King Institute of Preventive Medicine Micro-Biological Section reports 1909-11
Year: 1909
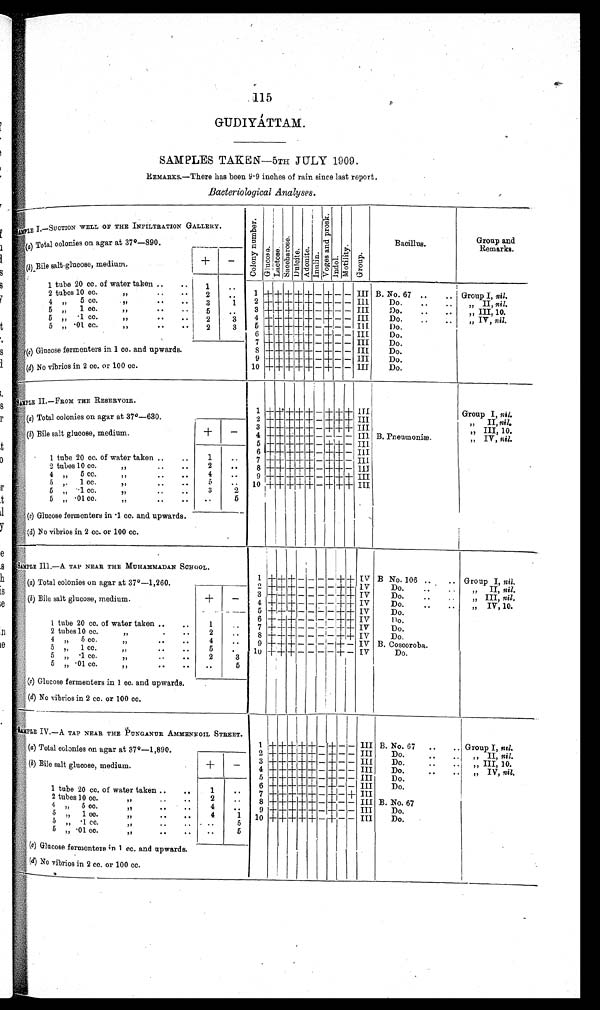
115
GUDIYÁTTAM.
SAMPLES TAKEN-5TH JULY 1909
REMARKS.—There has been 9.9 inches of rain since last report.
Bacteriological Analyses.
SAMPLEE
I—SUCTION WELL OF THE INFILTRATION GALLERY.
C o l o n y n u m b e r
G l u c o s e
La c t o s e
S a c c h e r o s
Dul c i t
Adoni t I nul i n
V o g e s a n d P r o s k
I n d o l
Mo b i l i t y
Group
Bacillus.
Group and
Remarks..
(a ) Total colonies on agar at 37º—890.
(b ) Bile salt-glucose, medium.
+
–
1 tube 20 cc. of water taken ..
..
1
. . .
2 tubes 10 cc.
,,
2
..
1 + + +++
+ + – + – – III B. No. 67 ..
Group , nil.
4 ,,
5 cc.
..
..
3
1
2 + + + + + – + – – III
Do.
..
::
„ II, nil.
5
1 cc.
I,
..
..
5
. .
3 ++
+ + + + — ++– – III
Do.
..
..
III10
5 „ • 1 cc.
,,
2
3
4
+ + + + – + – – III
Do.
..
...
,, IV, nil.
5 „ .01 CC.
,,
2
3
5
+ + + + + – + – –
III
Do.
6 + + – + ++– + – – III
Do.
7 + + + + + – + – – III
Do.
(c ) Glucose fermenters in 1 cc. and upwards.
8 + + + + + – + – – III
Do.
9 + + + + + – – + – III
Do.
(d ) No vibrios in 2 co. or 100 cc.
10 + + + + + ––+ –
– III
Do.
SAMPLE II.—FROM THE RESERVOIR.
(a) Total colonies on agar at 37º—630.
1 + + + + + – + +++++ III
Group I, nil.
2 + + + + + – + + ++ III
II, ,,
nil.
3
+ + + + + – + + +
I I I
„ III, 10.
(b) Bile salt glucose, medium.
+
– 4
+ + + + + – – – – III B. Pneumoniæ.
IV, nil.
5
+ +++ + + – + + + III
„
6
+ + + + + – + + – III I
1 tube 20 cc. of water taken ... ...
1
..
7
+ + + +++++++– + + –
I I I
2 tribes 10 cc.
,,
..
..
2
. .
8 + + + + + – + + – III
.
4 „
5 cc.,,
...
. .
4
. .
9
+ + ++++ + – + + + III
5
1 cc.
,,
..
...
5
..
10 + + + +0+ – + + + III
5 „
1 cc .
, ,
..
..
3
2
5 „ .01 cc.,,
..
. .
..
5
(c) Glucose fermenters in . 1 cc. and upwards.
( d) No vibrios in 2 cc. or 100 cc.
S A M P L E I l l . — ATAP NEAR THE MUHAMMADAN SCHOOL.
1 + + + + + + + + + IV B No. 106 ..
.. Group I, nil.
(a) Total colonies on agar at 37º--1,260.
2 + + + – – – – – – IV
Do.
.. .. .
II, nil.
3 + + + + – – ++++ + IV
Do.
..
, , I I I ,
n i l .
(b) Bile salt glucose, medium.
+ –
4
+ + + — – – – + + IV
Do.
..
, , I V ,
n i l .
5 + + + – – – – ++
+ IV
Do.
6 + + + – — – – + + IV
Do,
1 tube 20 cc. of water taken ..
..
1 ..
7 + + + – – – + + + IV
Do.
2 tubes 10 cc.
. . .
2
. . . 8 + + + + – – – + +
IV
V
Do.
4 „
5 cc.
,,
...
. . .
4
. . . 9 + + + – – – – + – IV B. Coscoroba.
4
5 „
1 cc.
,, ..
..
5
. .
1 0+ +0++ – – – – + – IV
Do.
5 „ . 1 c c .
, ,
2
3
5 , , . 0 1 c c . , , . . .
. .
5
(c) Glucose fermenters in 1 cc. and upwards.
(d) No vibrios in 2 cc. or 100 cc.
SAMPLE IV.—A TAP NEAR THE PUNGANUR AMMENNOIL STREET.
(a) Total colonies on agar at 37º—1,890.
1 + + + + + – + – –
I I I B. No. 67
..
.. Group I, nil.
2 + + + + + – + – – III
Do.
..
...
„ II, nil.
(b) Bile salt glucose, medium.
+
–
3 + + + + ++ – + – – III
Do.
..
III, 10.
4 +++ + + + – + – – III
Do.
„
IV,n i l.
5 + + + +
– + – – III
Do.
6 + + + + + – + – – III
Do.
1 tube 20 cc, of water taken ..
..
1
. .
7 + + + + + – + – +
I I I
10 cc.
,, ..
2
. .
8 + + + + + – + – – III B.No. 67
,,
5 , ,
•
4
. .
9 + + + + + – + – – III
Do.
5 ,,
1 cc.
4
1
10 + + + + + – + – – III
Do.
5 „ .1 cc.
,, ..
..
..
5
5 „ .01 cc.
,, ..
..
. .
5
(c) Glucose fementers i n 1 cc. and upwards.
(d) No vibrios in 2 cc. or 100 cc.